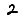
Digit: 2